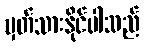
မှတ်သားနိုင်ပါသည်